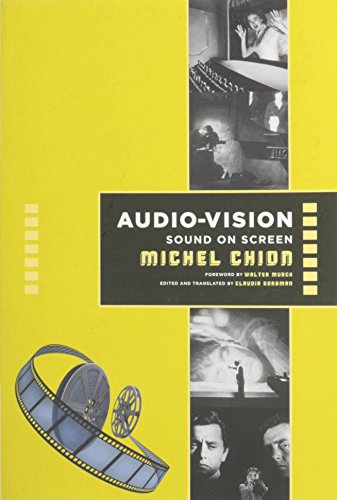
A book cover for Audio-Vision: Sound on Screen; Michel Chion; Humor & Entertainment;